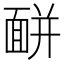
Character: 𩈚